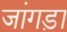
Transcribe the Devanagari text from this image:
जांगड़ा